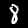
Label: 8